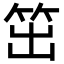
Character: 笜